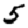
Digit: 5